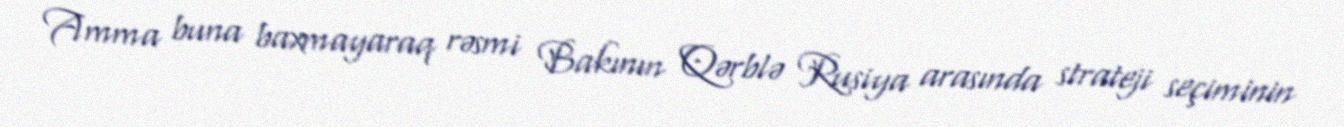
Amma buna baxmayaraq rəsmi Bakının Qərblə Rusiya arasında strateji seçiminin